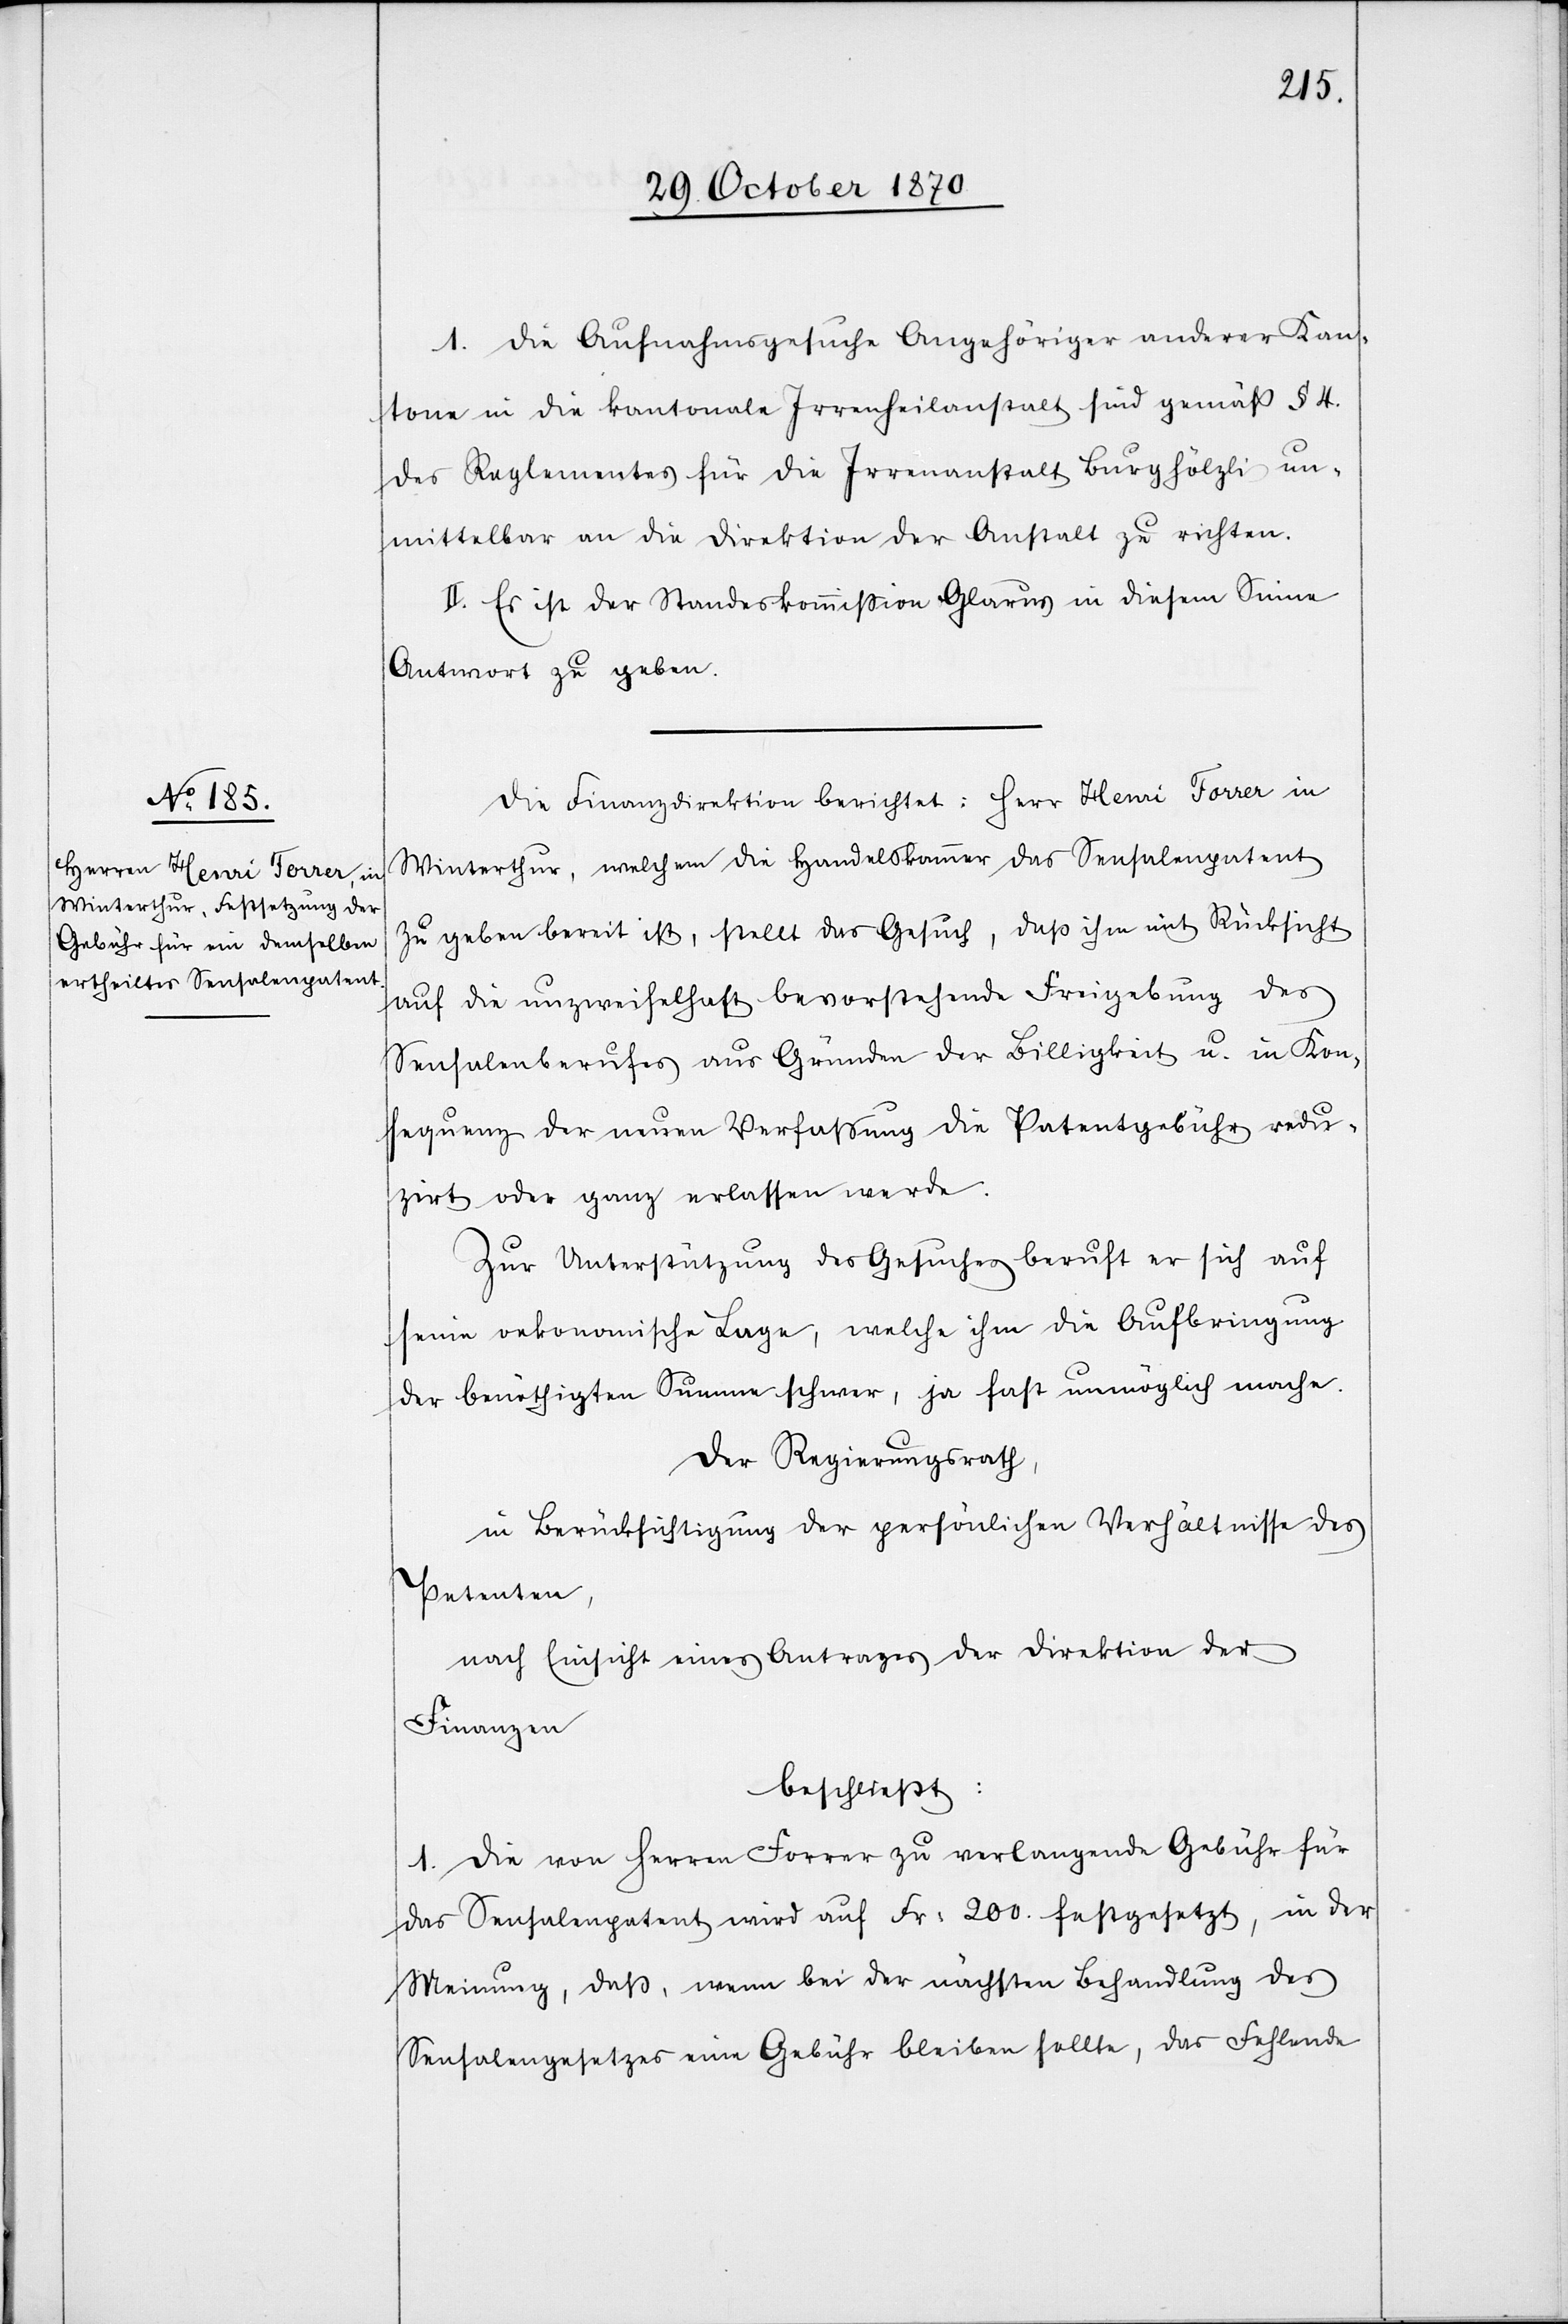
1. Die Aufnahmsgesuche Angehöriger anderer Kan¬
tone in die kantonale Irrenheilanstalt sind gemäß § 4.
des Reglementes für die Irrenanstalt Burghölzli un¬
mittelbar an die Direktion der Anstalt zu richten.
2.] Es ist der Standeskommißion Glarus in diesem Sinne
Antwort zu geben.
Die Finanzdirektion berichtet: Herr Henri Forrer in
Winterthur, welchem die Handelskammer das Sensalenpatent
zu geben bereit ist, stellt das Gesuch, daß ihm mit Rücksicht
auf die unzweifelhaft bevorstehende Freigebung des
Sensalenberufes aus Gründen der Billigkeit u. in Kon¬
sequenz der neuen Verfaßung die Patentgebühr redu¬
zirt oder ganz erlassen werde.
Zur Unterstützung des Gesuches beruft er sich auf
seine oekonomische Lage, welche ihm die Aufbringung
der benöthigten Summe schwer, ja fast unmöglich mache.
Der Regierungsrath,
in Berücksichtigung der persönlichen Verhältnisse des
Petenten,
nach Einsicht eines Antrages der Direktion der
Finanzen
beschließt:
1. Die von Herren Forrer zu verlangende Gebühr für
das Sensalenpatent wird auf Fr: 200. festgesetzt, in der
Meinung, daß, wenn bei den nächsten Behandlungen des
Sensalengesetzes eine Gebühr bleiben sollte, das Fehlende